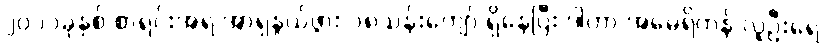
၂၀၁၁ခုနှစ် စာရင်းအရ အာရှနွယ်ဖွား ၁၈သန်းကျော် ရှိနေပြီး ဒါဟာ အမေရိကန် လူဦးရေ